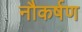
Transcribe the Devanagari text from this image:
नौकर्षण